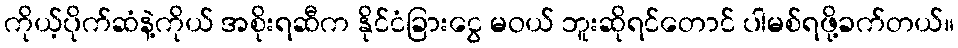
ကိုယ့်ပိုက်ဆံနဲ့ကိုယ် အစိုးရဆီက နိုင်ငံခြားငွေ မဝယ် ဘူးဆိုရင်တောင် ပါမစ်ရဖို့ခက်တယ်။